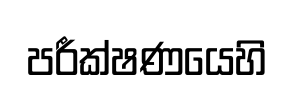
පරීක්ෂණයෙහි